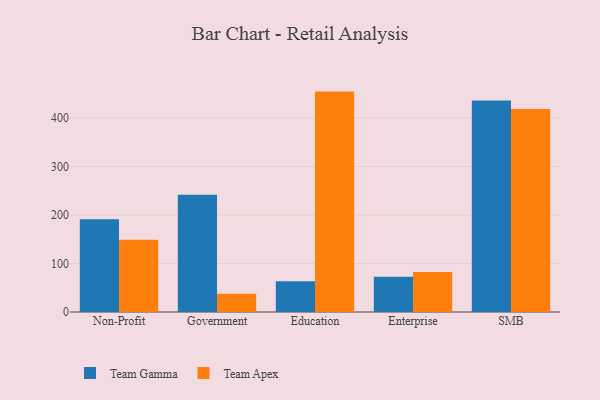
{"axis": {"x": "Segment", "y": "Net Income (USD K)"}, "legend": ["Team Apex", "Team Gamma"], "data": [{"x": "Non-Profit", "y": 191.5, "type": "Team Gamma"}, {"x": "Non-Profit", "y": 149.0, "type": "Team Apex"}, {"x": "Government", "y": 241.8, "type": "Team Gamma"}, {"x": "Government", "y": 37.4, "type": "Team Apex"}, {"x": "Education", "y": 63.6, "type": "Team Gamma"}, {"x": "Education", "y": 454.7, "type": "Team Apex"}, {"x": "Enterprise", "y": 72.6, "type": "Team Gamma"}, {"x": "Enterprise", "y": 82.7, "type": "Team Apex"}, {"x": "SMB", "y": 436.4, "type": "Team Gamma"}, {"x": "SMB", "y": 419.0, "type": "Team Apex"}]}